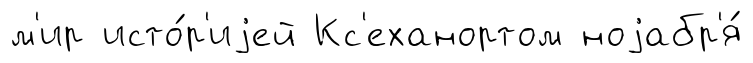
м'ир исто́р'иjей Кс'еханортом ноjабр'я́